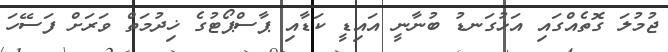
ޖުމުލަ ގޮތެއްގައި އަޅުގަނޑު ބުނާނީ އައިޑީ ކަޑާއި ޕާސްޕޯޓުގެ ޚިދުމަތް ވަރަށް ފަސޭހަ